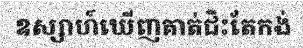
ឧស្សាហ៍ឃើញគាត់ជិះតែកង់